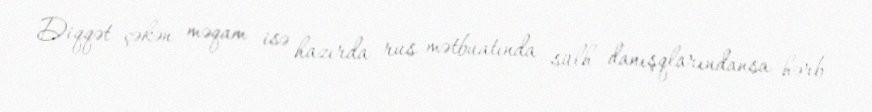
Diqqət çəkən məqam isə hazırda rus mətbuatında sülh danışqlarındansa hərb